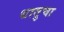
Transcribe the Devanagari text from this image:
धातुचा